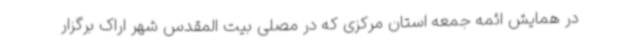
در همایش ائمه جمعه استان مرکزی که در مصلی بیت المقدس شهر اراک برگزار